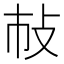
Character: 𢻵